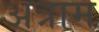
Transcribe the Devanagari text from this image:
अत्राम